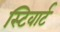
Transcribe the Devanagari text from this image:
स्टिवार्ट